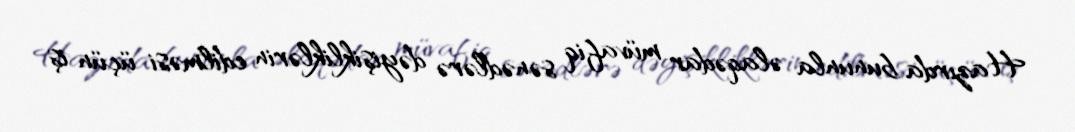
Hazırda bununla əlaqədar müvafiq sənədlərə dəyişikliklərin edilməsi üçün iş